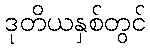
ဒုတိယနှစ်တွင်